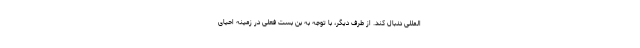
المللی دنبال کند. از طرف دیگر، با توجه به بن بست فعلی در زمینه احیای